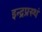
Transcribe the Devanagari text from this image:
इन्द्रप्रस्थं